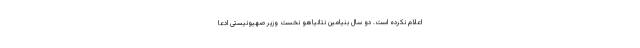
اعلام نکرده است. دو سال بنیامین نتانیاهو نخست وزیر صهیونیستی ادعا